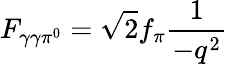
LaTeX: F_{\gamma\gamma\pi^{0}}=\sqrt{2}f_{\pi}\frac{1}{-q^{2}}